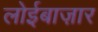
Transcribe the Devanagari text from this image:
लोईबाज़ार